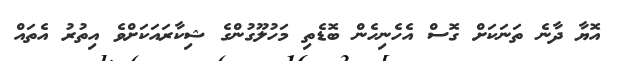
އޮޔާ ދާނެ ތަނަކަށް ގޮސް އެހެނިހެން ބޮޑެތި މަހުލޫގުންގެ ޝިކާރައަކަށްވެ އިތުރު އެތައް